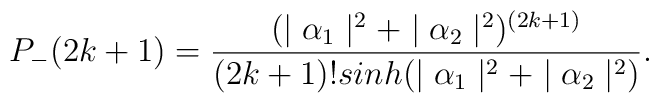
P_{-}(2k+1)=\frac{(\mid \alpha_{1} \mid^{2}+\mid \alpha_{2} \mid^{2})^{(2k+1)}}{(2k+1)!sinh(\mid \alpha_{1} \mid^{2}+\mid \alpha_{2} \mid^{2})}.